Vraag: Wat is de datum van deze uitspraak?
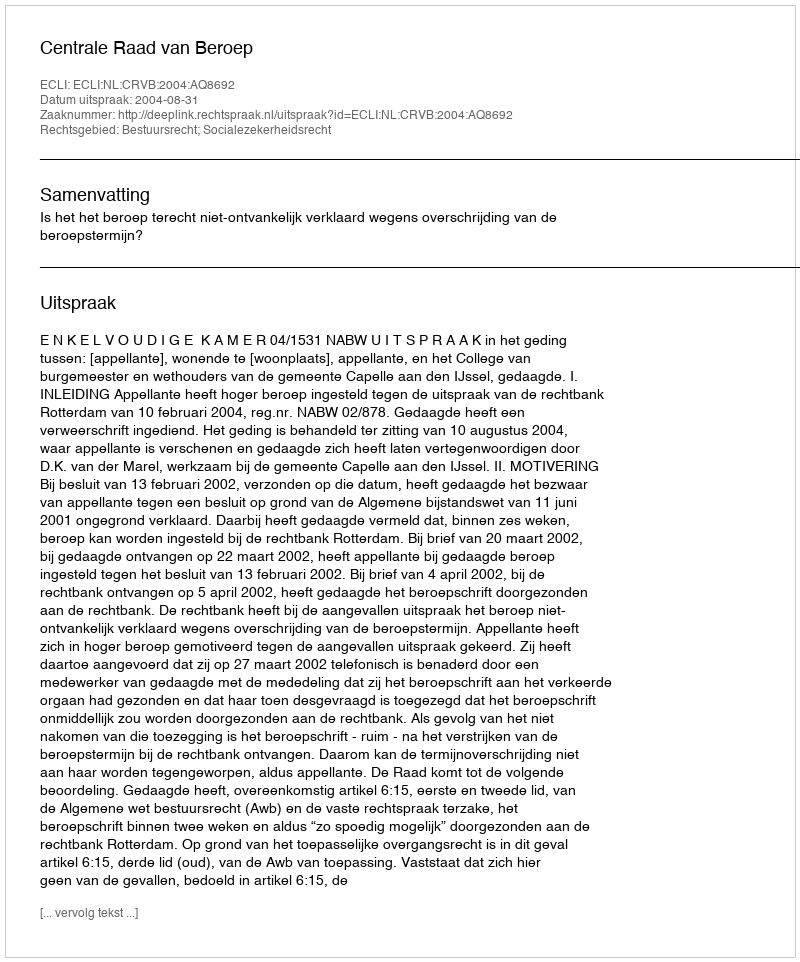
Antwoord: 2004-08-31